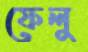
ফেলু